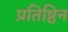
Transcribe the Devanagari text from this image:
प्रतिष्ठिन